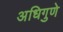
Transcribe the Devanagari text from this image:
अधिगुणे